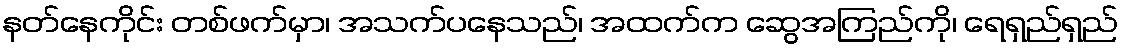
နတ်နေကိုင်း တစ်ဖက်မှာ၊ အသက်ပနေသည်၊ အထက်က ဆွေအကြည်ကို၊ ရေရှည်ရှည်